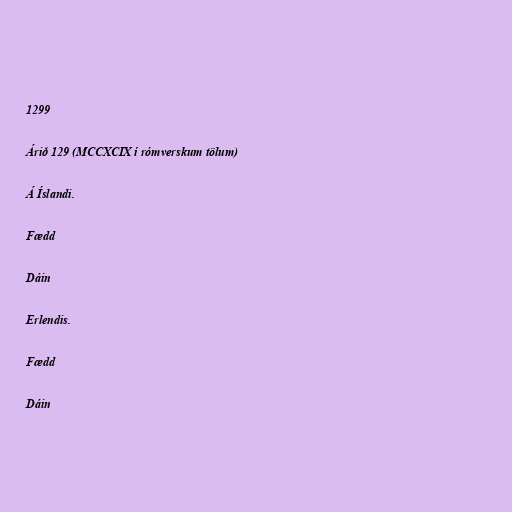
1299

Árið 129 (MCCXCIX í rómverskum tölum)

Á Íslandi.

Fædd

Dáin

Erlendis.

Fædd

Dáin